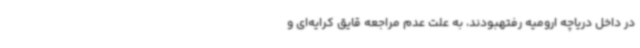
در داخل دریاچه ارومیه رفتهبودند، به علت عدم مراجعه قایق کرایه‌ای و